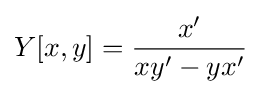
Y[x,y]={\frac {x'}{xy'-yx'}}